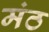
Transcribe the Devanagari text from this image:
मंठ